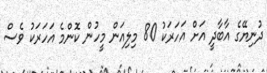
ދުނިޔޭގެ އާބާދީ އަށް އަހަރަކު 80 މިލިއަން މީހުން ކޮންމެ އަހަރަކު ވެސް